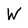
Character: W